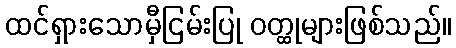
ထင်ရှားသောမှီငြမ်းပြု ဝတ္ထုများဖြစ်သည်။